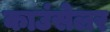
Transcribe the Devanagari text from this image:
काउंसेलर